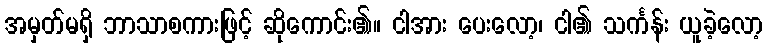
အမှတ်မရှိ ဘာသာစကားဖြင့် ဆိုကောင်း၏။ ငါအား ပေးလော့၊ ငါ၏ သင်္ကန်း ယူခဲ့လော့